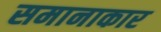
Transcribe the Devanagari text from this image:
समानाकार